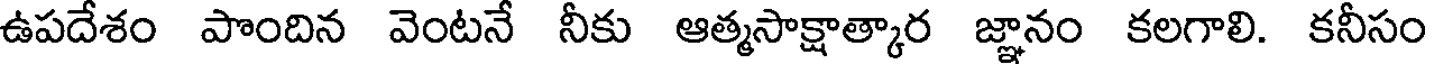
ఉపదేశం పొందిన వెంటనే నీకు ఆత్మసాక్షాత్కార జ్ఞానం కలగాలి. కనీసం